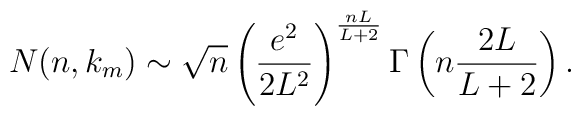
N(n,k_m) \sim \sqrt{n} \left( \frac{e^2}{2L^2} \right)^  {\frac{nL}{L+2}} \Gamma \left( n \frac{2L}{L+2} \right).